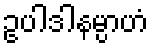
ဥပါဒါနမ္ပာဟံ